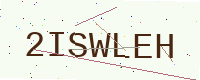
Text: 2ISWLEH